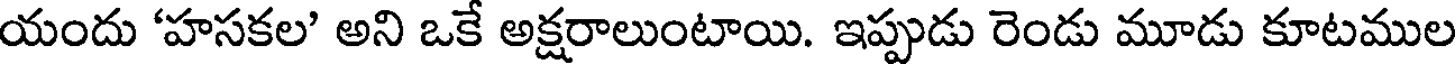
యందు 'హసకల' అని ఒకే అక్షరాలుంటాయి. ఇప్పుడు రెండు మూడు కూటముల